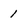
Character: 1